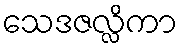
သေဒဇလ္လိကာ